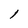
Character: 1